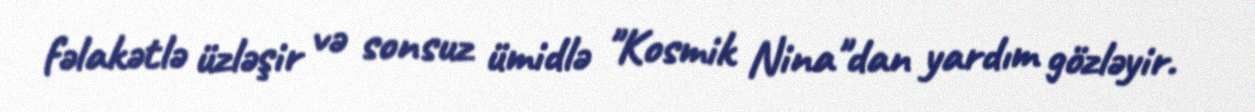
fəlakətlə üzləşir və sonsuz ümidlə "Kosmik Nina"dan yardım gözləyir.